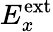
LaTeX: E_{x}^{\textrm{ext}}